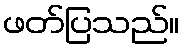
ဖတ်ပြသည်။